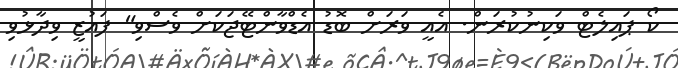
ކޯ ޕައިލެޓް ވަކިނުކުރަން. އެއީ ވަރަށް ބޮޑު އެޑްވާންޓޭޖަކަށް ވެސްވި" ފައުޒީ ވިދާޅުވި